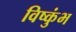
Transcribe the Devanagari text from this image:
विष्कुंभ